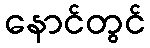
နောင်တွင်